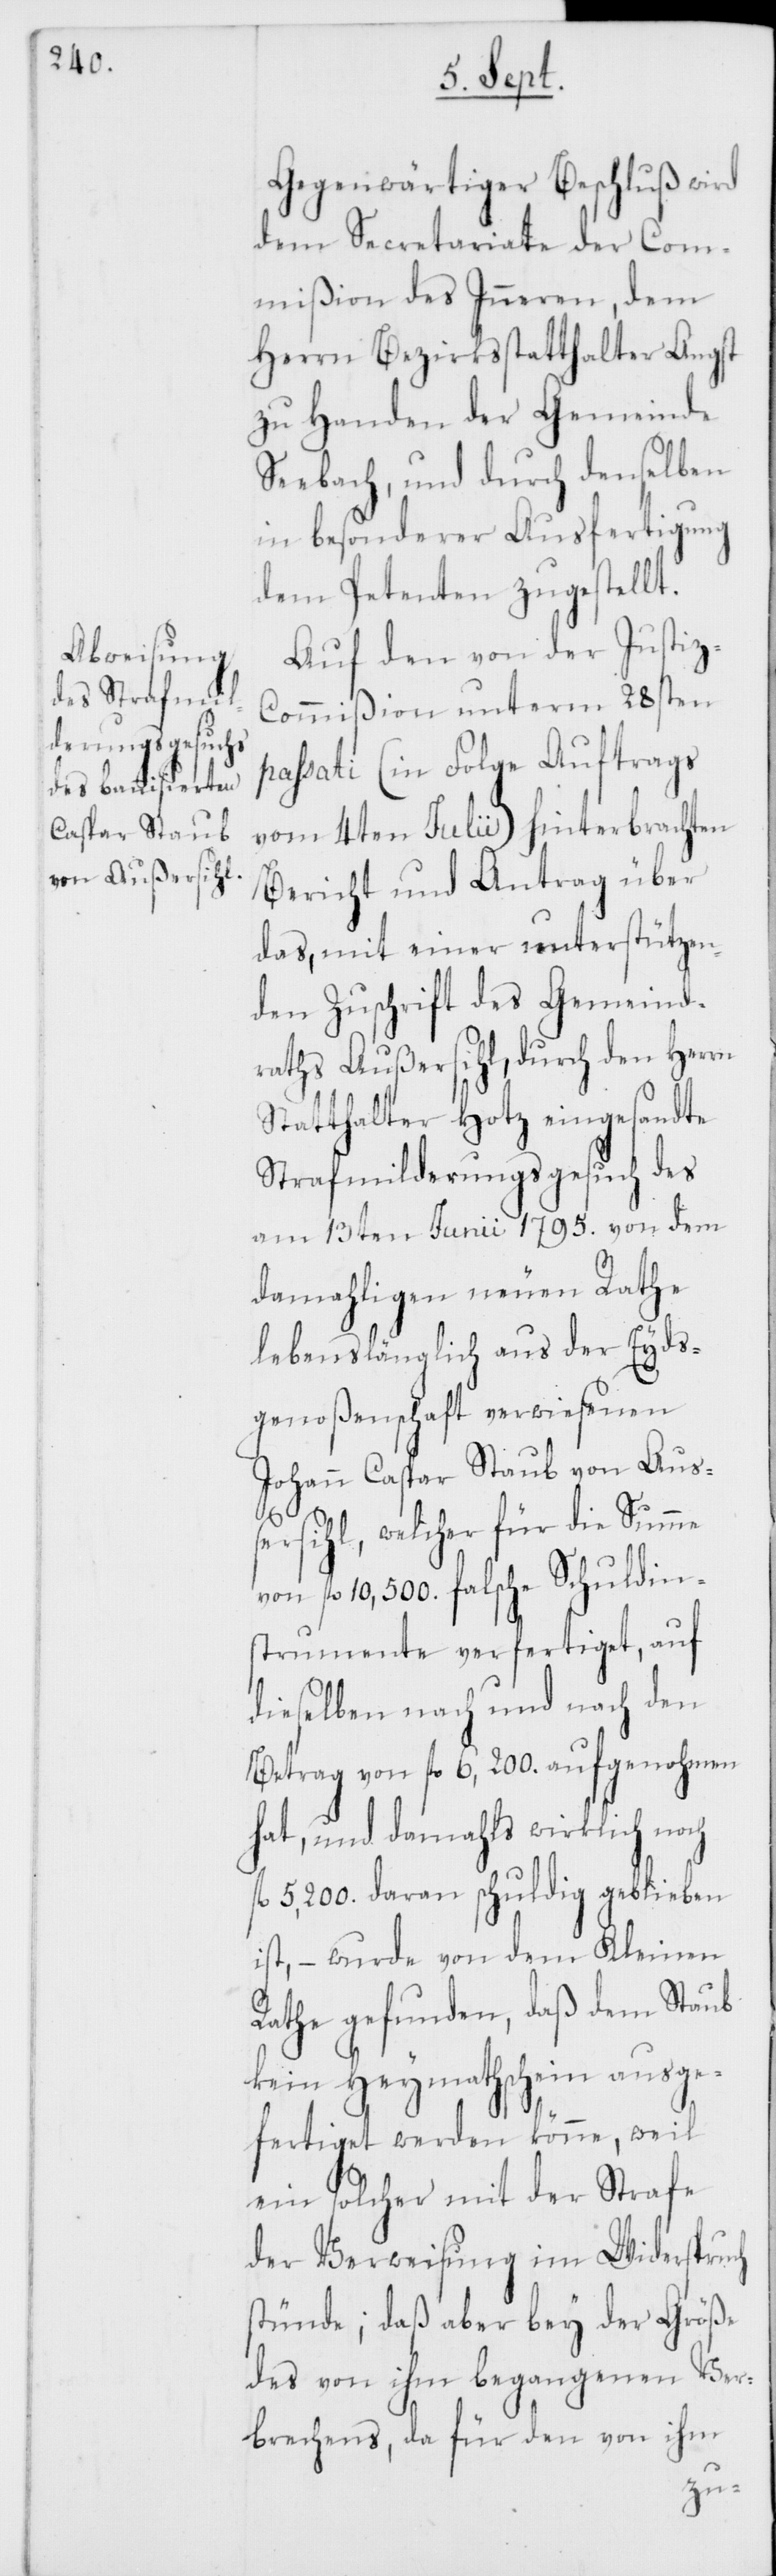
Gegenwärtiger Beschluß wird
dem Secretariate der Com¬
mißion des Inneren, dem
Herrn Bezirksstatthalter Angst
zu Handen der Gemeinde
Seebach, und durch denselben
in besonderer Ausfertigung
dem Petenten zugestellt.
Auf den von der Justiz-C¬
ommißion unterm 28sten
passati (in Folge Auftrags
vom 4ten Julii) hinterbrachten
Bericht und Antrag über
das, mit einer unterstützen¬
den Zuschrift des Gemeind¬
raths Außersihl, durch den Herrn
Statthalter Hotz eingesandte
Strafmilderungsgesuch des
am 13ten Junii 1795. von dem
damahligen neuen Rathe
lebenslänglich aus der Eyds¬
genoßenschaft verwiesenen
Johann Caspar Staub von Auß¬
ersihl, welcher für die Summe
von fl. 10'500. falsche Schuldin¬
strumente verfertiget, auf
dieselben nach und nach den
Betrag von fl. 6,200. aufgenohmen
hat, und damahls wirklich noch
fl. 5,200. daran schuldig geblieben
ist, – wurde von dem Kleinen
Rathe gefunden, daß dem Staub
kein Heymathschein ausge¬
fertiget werden könne, weil
ein solcher mit der Strafe
der Verweisung im Widerspruch
stünde; daß aber bey der Größe
des von ihm begangenen Ver¬
brechens, da für den von ihm